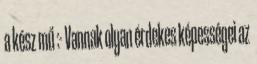
a kész mű :- Vannak olyan érdekes képességei az